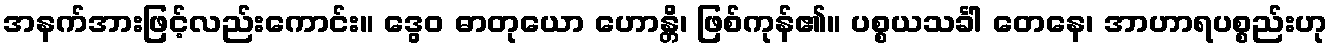
အနက်အားဖြင့်လည်းကောင်း။ ဒွေဝ ဓာတုယော ဟောန္တိ၊ ဖြစ်ကုန်၏။ ပစ္စယသင်္ခါ တေနေ၊ အာဟာရပစ္စည်းဟု